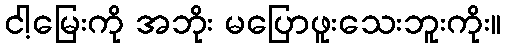
ငါ့မြေးကို အဘိုး မပြောဖူးသေးဘူးကိုး။